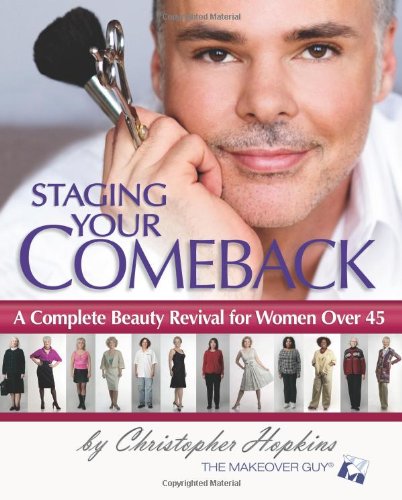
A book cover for Staging Your Comeback: A Complete Beauty Revival for Women Over 45; Christopher Hopkins; Health, Fitness & Dieting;